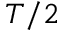
T / 2